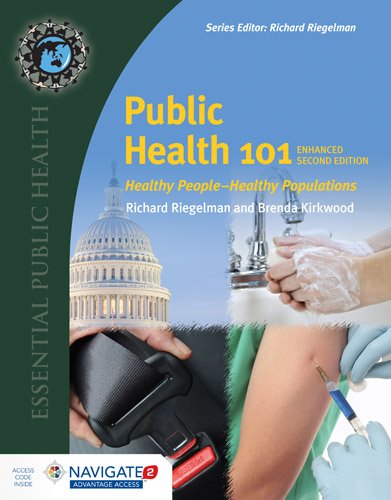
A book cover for Public Health 101: Healthy PeopleHealthy Populations; Richard Riegelman; Medical Books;